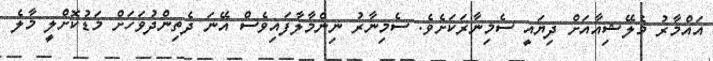
އައްމާރު މެލޭޝިއާއަށް ދިޔައީ ސެމިނާރަކަށެވެ. ސެމިނާރު ނިންމާލާފައިވެސް އޭނަ ދެތިންދުވަހަށް މަޑުކޮށްލީ މާލެ